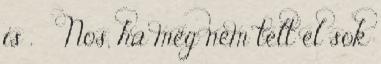
is . Nos, ha még nem telt el sok